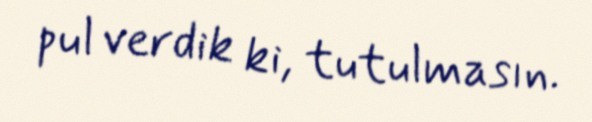
pul verdik ki, tutulmasın.